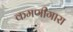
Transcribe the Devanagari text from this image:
कमणीगारा